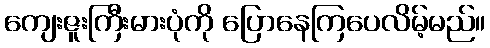
ကျေးဇူးကြီးမားပုံကို ပြောနေကြပေလိမ့်မည်။